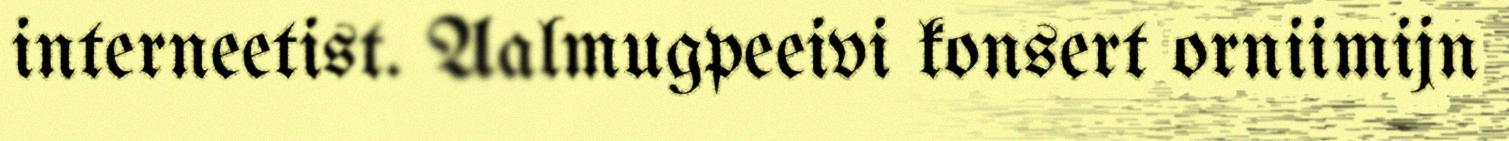
interneetist. Aalmugpeeivi konsert orniimijn